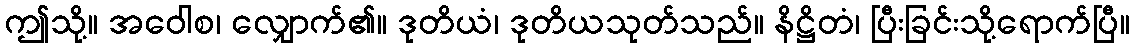
ဤသို့။ အဝေါစ၊ လျှောက်၏။ ဒုတိယံ၊ ဒုတိယသုတ်သည်။ နိဋ္ဌိတံ၊ ပြီးခြင်းသို့ရောက်ပြီ။